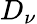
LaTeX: D_{\nu}